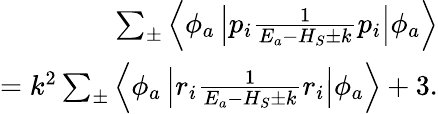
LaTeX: \begin{array}{r}{\sum_{\pm}\left\langle\phi_{a}\left|p_{i}\frac{1}{E_{a}-H_{S}\pm k}p_{i}\right|\phi_{a}\right\rangle}\\ {=k^{2}\sum_{\pm}\left\langle\phi_{a}\left|r_{i}\frac{1}{E_{a}-H_{S}\pm k}r_{i}\right|\phi_{a}\right\rangle+3.}\end{array}